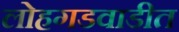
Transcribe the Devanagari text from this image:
लोहगडवाडीत